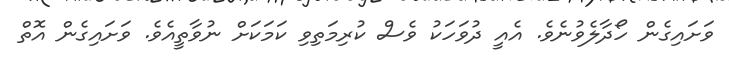
ވަށައިގެން ހޯދާލެވުނެވެ. އެއީ ދުވަހަކު ވެސް ކުރިމަތިވި ކަމަކަށް ނުވާތީއެވެ. ވަށައިގެން އޮތް